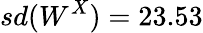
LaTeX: sd(W^{X})=23.53